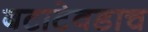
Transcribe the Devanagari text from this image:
बटाटेवडाच